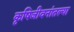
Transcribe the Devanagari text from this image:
कृषिजीवनांतल्या